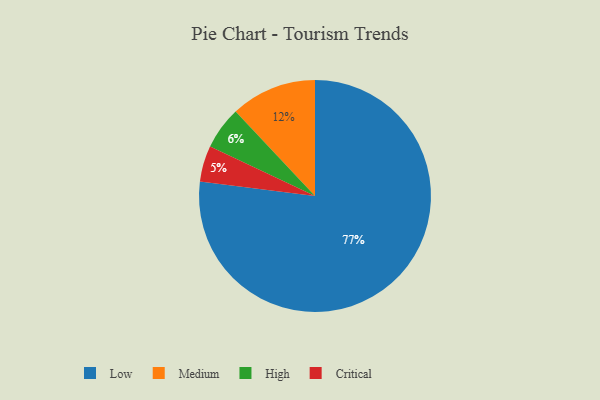
{"axis": {"x": "Category", "y": "Percentage"}, "legend": ["Critical", "High", "Low", "Medium"], "data": [{"x": "High", "y": 6, "type": "High"}, {"x": "Low", "y": 77, "type": "Low"}, {"x": "Critical", "y": 5, "type": "Critical"}, {"x": "Medium", "y": 12, "type": "Medium"}]}